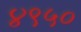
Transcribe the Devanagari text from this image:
४९५०